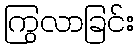
ကြွလာခြင်း